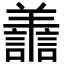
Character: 譱